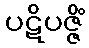
ပဋိပဇ္ဇိံ